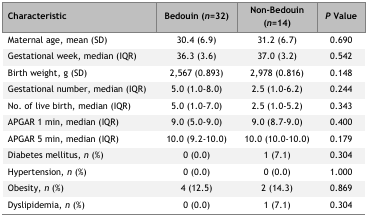
<table><thead><tr><td><b>Characteristic</b></td><td><b>Bedouin (<i>n</i>=32)</b></td><td><b>Non-Bedouin (<i>n</i>=14)</b></td><td><b><i>P</i> Value</b></td></tr></thead><tbody><tr><td>Maternal age, mean (SD)</td><td>30.4 (6.9)</td><td>31.2 (6.7)</td><td>0.690</td></tr><tr><td>Gestational week, median (IQR)</td><td>36.3 (3.6)</td><td>37.0 (3.2)</td><td>0.542</td></tr><tr><td>Birth weight, g (SD)</td><td>2,567 (0.893)</td><td>2,978 (0.816)</td><td>0.148</td></tr><tr><td>Gestational number, median (IQR)</td><td>5.0 (1.0–8.0)</td><td>2.5 (1.0–6.2)</td><td>0.244</td></tr><tr><td>No. of live birth, median (IQR)</td><td>5.0 (1.0–7.0)</td><td>2.5 (1.0–5.2)</td><td>0.343</td></tr><tr><td>APGAR 1 min, median (IQR)</td><td>9.0 (5.0–9.0)</td><td>9.0 (8.7–9.0)</td><td>0.400</td></tr><tr><td>APGAR 5 min, median (IQR)</td><td>10.0 (9.2–10.0)</td><td>10.0 (10.0–10.0)</td><td>0.179</td></tr><tr><td>Diabetes mellitus, <i>n</i> (%)</td><td>0 (0.0)</td><td>1 (7.1)</td><td>0.304</td></tr><tr><td>Hypertension, <i>n</i> (%)</td><td>0 (0.0)</td><td>0 (0.0)</td><td>1.000</td></tr><tr><td>Obesity, <i>n</i> (%)</td><td>4 (12.5)</td><td>2 (14.3)</td><td>0.869</td></tr><tr><td>Dyslipidemia, <i>n</i> (%)</td><td>0 (0.0)</td><td>1 (7.1)</td><td>0.304</td></tr></tbody></table>